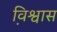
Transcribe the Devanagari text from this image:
वि़श्वास